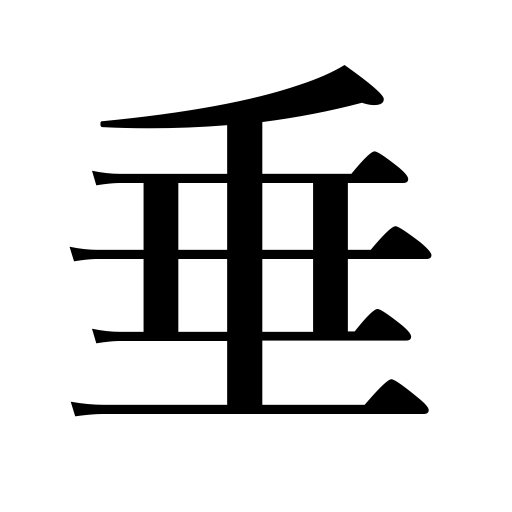
Meanings: hang,dangle,lower,slouch,pull down,hang down,ooze,sag,trickle,droop,drop,give,suspend,leave behind at death,confer,drip